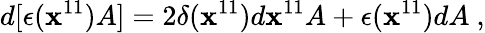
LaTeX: d[\epsilon(\mathbf{x}^{11})A]=2\delta(\mathbf{x}^{11})d\mathbf{x}^{11}A+\epsilon(\mathbf{x}^{11})dA\ ,